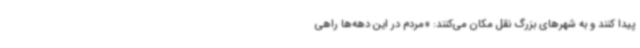
پیدا کنند و به شهرهای بزرگ نقل مکان می‌کنند: «مردم در این دهه‌ها راهی